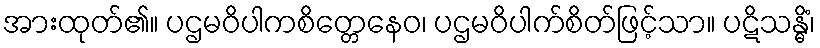
အားထုတ်၏။ ပဌမဝိပါကစိတ္တေနေဝ၊ ပဌမဝိပါက်စိတ်ဖြင့်သာ။ ပဋိသန္ဓိံ၊